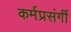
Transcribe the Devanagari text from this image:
कर्मप्रसंगीं